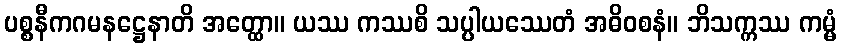
ပစ္စနီကဂမနဋ္ဌေနာတိ အတ္ထော။ ယဿ ကဿစိ သပ္ပါယဿေတံ အဓိဝစနံ။ ဘိသက္ကဿ ကမ္မံ